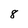
Character: 8